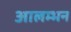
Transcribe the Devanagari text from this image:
आलम्भन